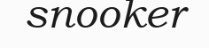
snooker